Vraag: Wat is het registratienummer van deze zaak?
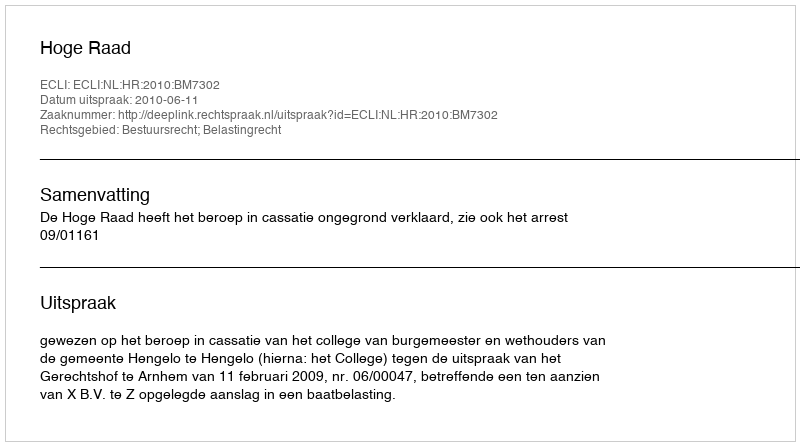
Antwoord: http://deeplink.rechtspraak.nl/uitspraak?id=ECLI:NL:HR:2010:BM7302